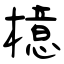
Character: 檍